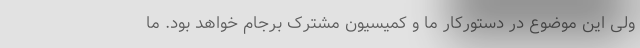
ولی این موضوع در دستورکار ما و کمیسیون مشترک برجام خواهد بود. ما